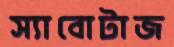
স্যাবোটাজ